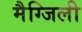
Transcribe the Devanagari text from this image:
मैग्जिली